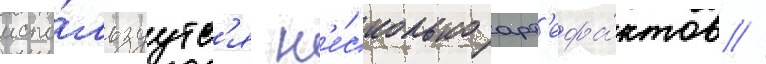
испо́льзуутс'я н'е́сколько арт'ефа́ктов //